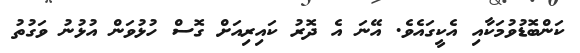
ކަންބޮޑުވުމަކާއި އެކީގައެވެ. އޭނަ އެ ދޮރު ކައިރިއަށް ގޮސް ހުޅުވަން އުޅުނު ވަގުތު